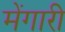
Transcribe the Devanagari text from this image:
मेंगारी